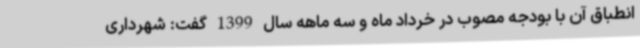
انطباق آن با بودجه مصوب در خرداد ماه و سه ماهه سال 1399 گفت: شهرداری